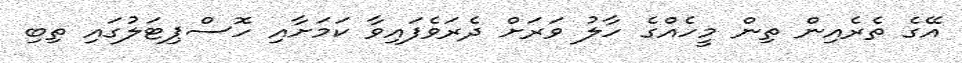
އޭގެ ތެރެއިން ތިން މީހެއްގެ ހާލު ވަރަށް ދެރަވެފައިވާ ކަމަށާއި ހޮސްޕިޓަލުގައި ތިބި